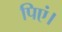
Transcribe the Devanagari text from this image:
पिएं।